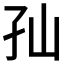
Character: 𱙵